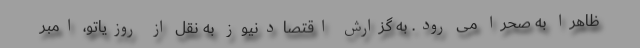
ظاهرا به صحرا می رود. به گزارش اقتصادنیوز به نقل از روزیاتو، امبر